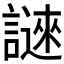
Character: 𬣆